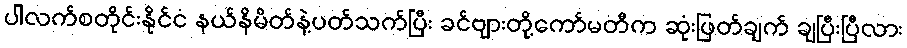
ပါလက်စတိုင်းနိုင်ငံ နယ်နိမိတ်နဲ့ပတ်သက်ပြီး ခင်ဗျားတို့ကော်မတီက ဆုံးဖြတ်ချက် ချပြီးပြီလား